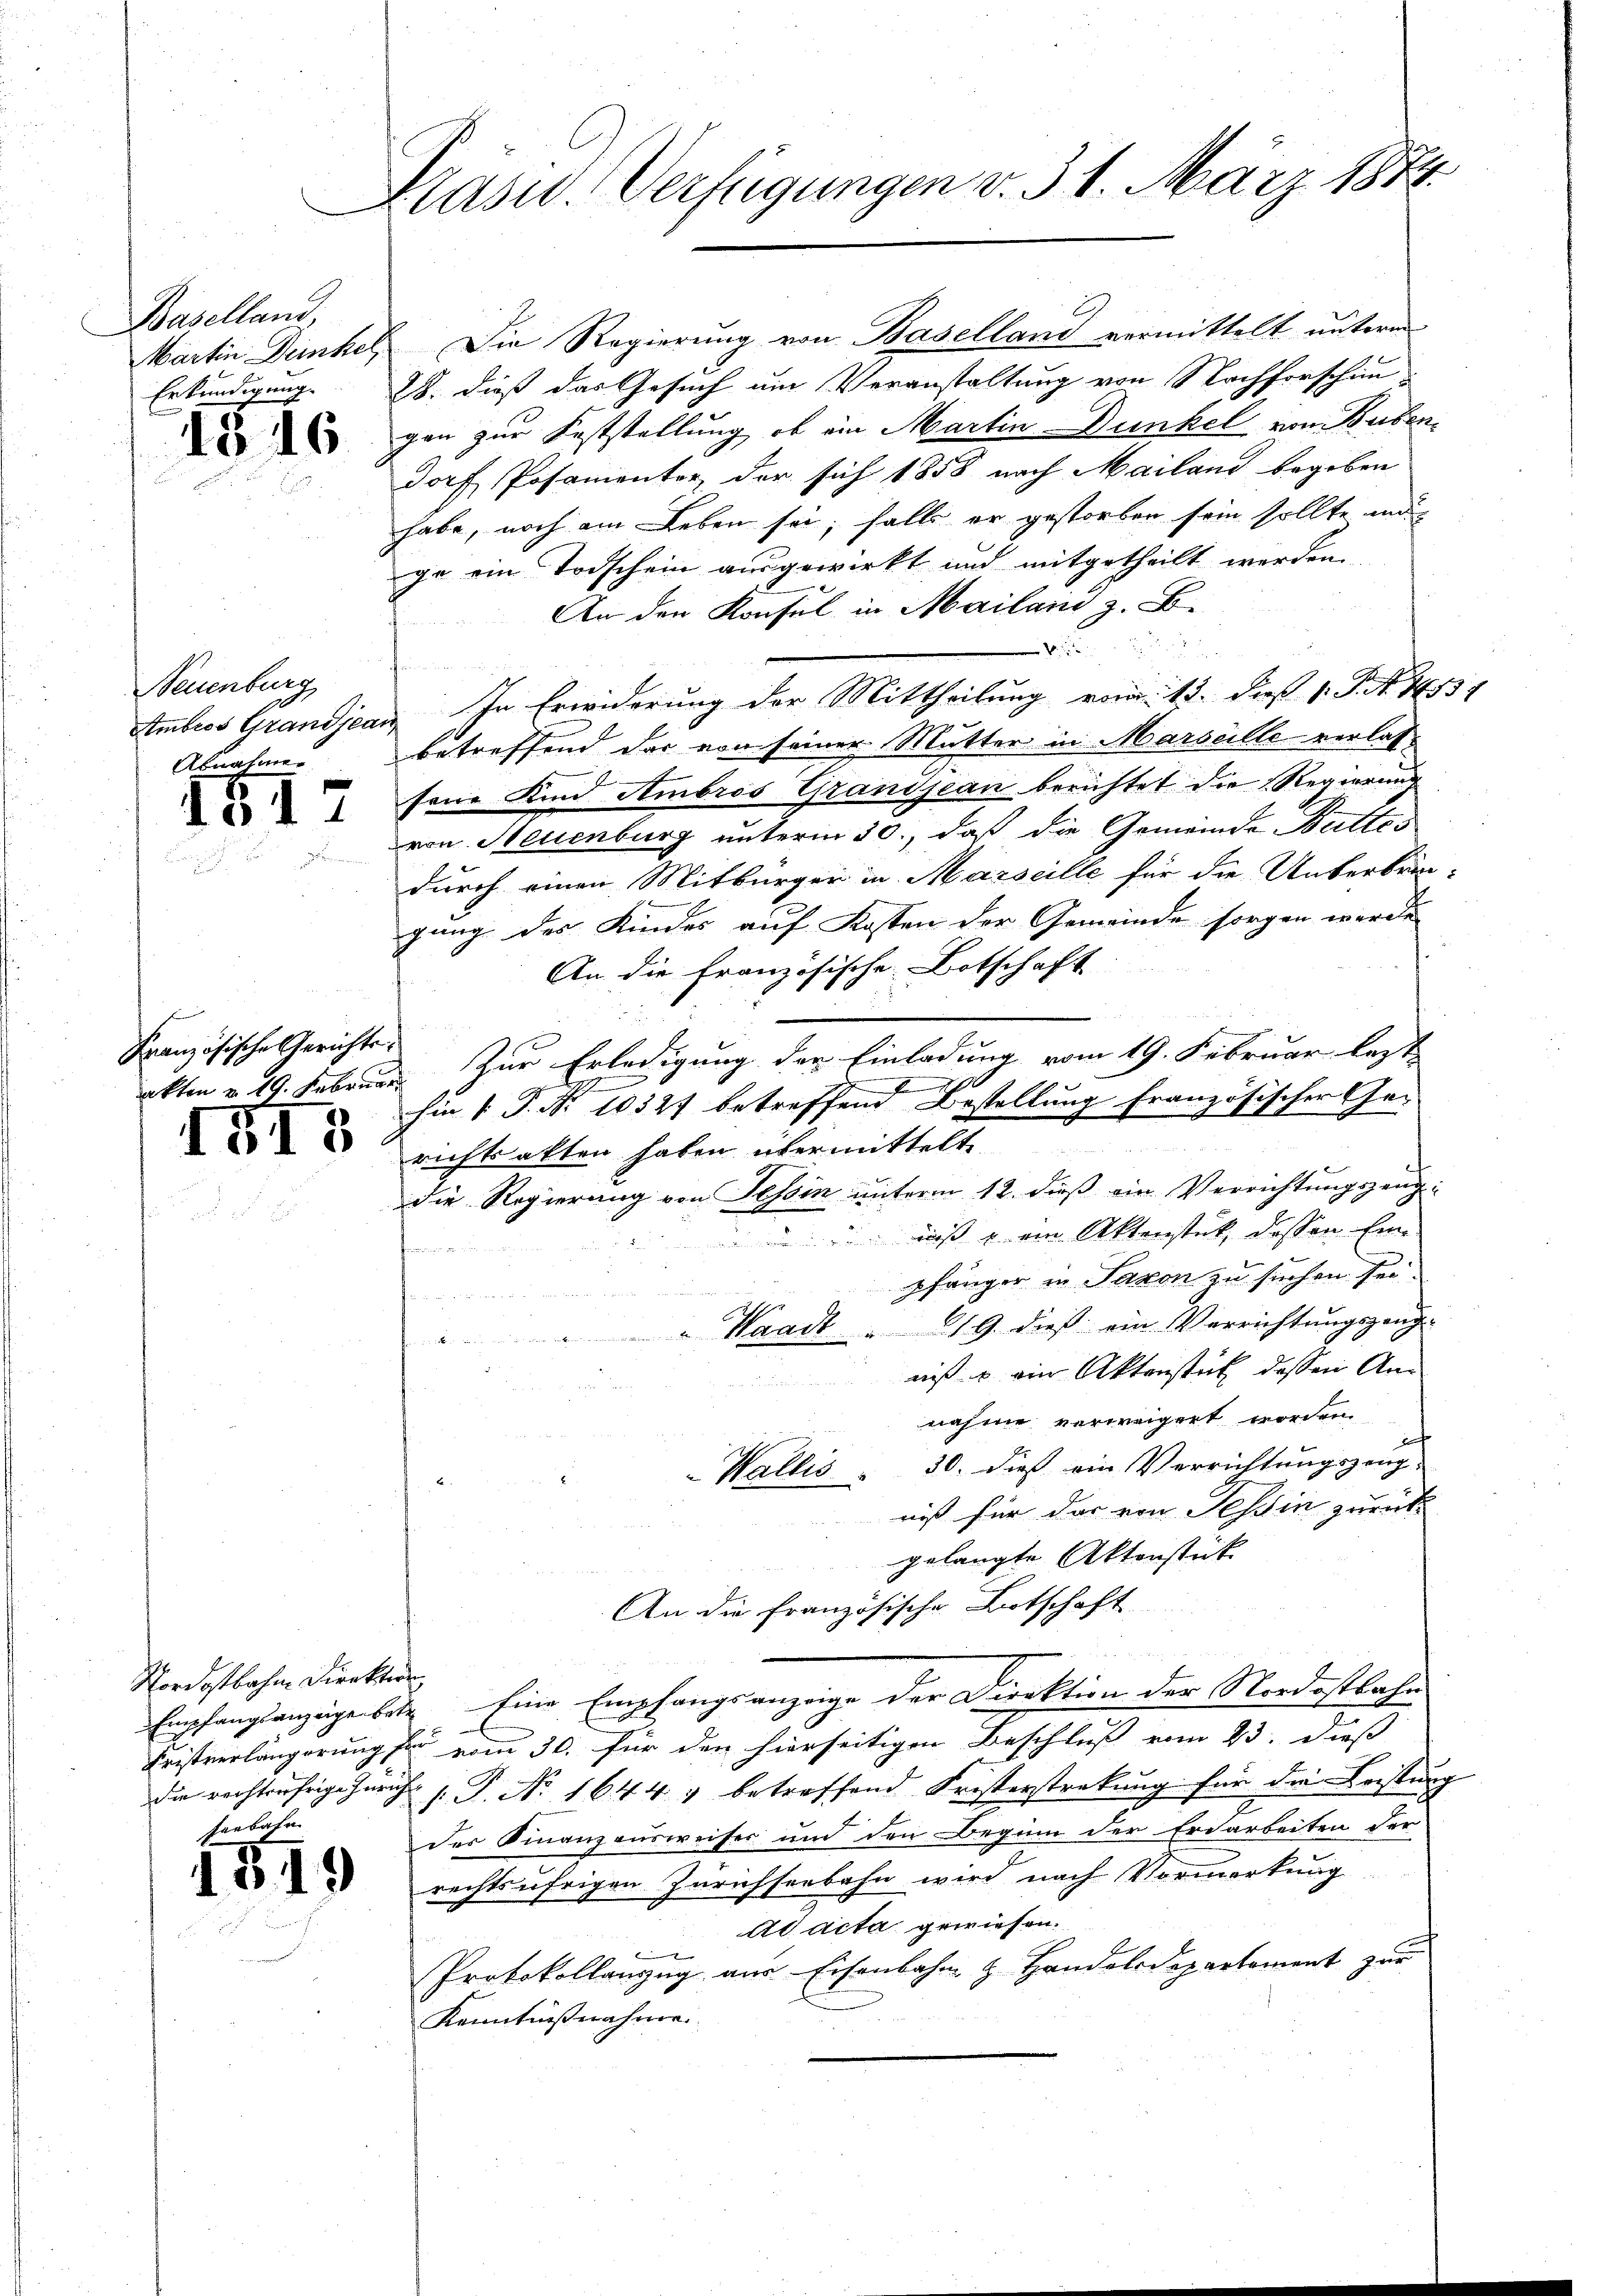
Baselland,
Martin Dünkel,

1316

Neuenburg
Ambros Grandjean,
Abnahmen

042

Französische Gerichte.
akten v. 19. Februar

III

Nordostbahn Direktion
ferbate

3

1319

Präsid. Verfügungen v. 31. März 1874.

.
.

.

Die Regierung von Baselland vermittelt unterm
Erkundigung. 8. dieß das Gesuch um Veranstaltung von Nachforschin
gen zur Feststellung, ob ein Martin Dunkel von Buben,
dorf Posamenter der sich 1858 nach Mailand begeben
habe, noch am Leben sei, falls er gestorben sein sollte m
ge ein Todschein ausgewirkt und mitgetheilt werden.
An den Konsul in Mailain z. B.
u

In Erwiderung der Mittheilung vom 15. dieß v. J. N. 14551
betreffend der von seiner Mutter in Marseille verlasfene Kind. Ambros Grandjean berichtet die Regierung
von Neuenburg unterm 30., daß die Gemeinde Buttes
durch einen Mitbürger in Marseille für die Unterbrin-
gung des Kindes auf Kosten der Gemeinde sorgen werde
An die französische Botschaft
Zur Erledigung der Einladung vom 19. Februar lezt
1
J
Ein P. Nr. 10527 betreffend Bestellung französischer Gerichtsalten haben übermittelt
die Regierung von Tessin unterm 12. dieß ein Verrichtungszeug¬
 daß  ein Aktenstück, dessen Eine
sommen
pfänger in Paron zu suchen sei.
19. dieß ein Verrichtungszeug-
Kunck
uisiten
niß ein Aktenstück dessen Annahme verweigert worden
30. dieß ein Verrichtungszeug-
Wallis
niß für das von Tessin zurückgelangte Aktorstick
An die Französische Litschaft
Empfangsanzeigen betr. Eine Empfangsanzeige der Direktion der Nordostbahn
Fristverlängerung für vom 30. für den hierseitigen Beschluß vom 23. dieß
die rechtsäfrige Zürich P. Nr. 1644 & betreffend Fristerstrakung für die Leistung
2
des Finanzausweiser und den Beginn der Erdarbeiten der
rechtsufrigen Zürichseebahn wird nach Vormerkung
ad acta gewiesen.
t
Protokollanzug aus Eisenbahn & Handelsdepartement zur
Kenntnißnahme.